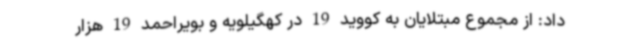
داد: از مجموع مبتلایان به کووید 19 در کهگیلویه و بویراحمد 19 هزار